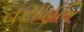
વસાહતિ